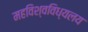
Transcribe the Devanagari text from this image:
महविश्वविध्यलय